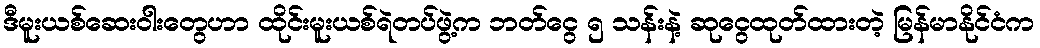
ဒီမူးယစ်ဆေးဝါးတွေဟာ ထိုင်းမူးယစ်ရဲတပ်ဖွဲ့က ဘတ်ငွေ ၅ သန်းနဲ့ ဆုငွေထုတ်ထားတဲ့ မြန်မာနိုင်ငံက